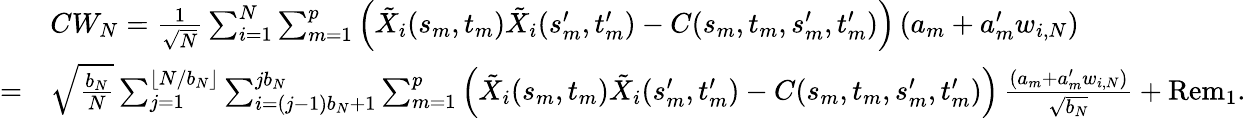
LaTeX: \begin{array}{rl}&{CW_{N}=\frac{1}{\sqrt{N}}\sum_{i=1}^{N}\sum_{m=1}^{p}\left(\tilde{X}_{i}(s_{m},t_{m})\tilde{X}_{i}(s_{m}^{\prime},t_{m}^{\prime})-C(s_{m},t_{m},s_{m}^{\prime},t_{m}^{\prime})\right)\, (a_{m}+a_{m}^{\prime}w_{i,N})}\\ {=}&{\sqrt{\frac{b_{N}}{N}}\sum_{j=1}^{\lfloor N/b_{N}\rfloor}\sum_{i=(j-1)b_{N}+1}^{jb_{N}}\sum_{m=1}^{p}\left(\tilde{X}_{i}(s_{m},t_{m})\tilde{X}_{i}(s_{m}^{\prime},t_{m}^{\prime})-C(s_{m},t_{m},s_{m}^{\prime},t_{m}^{\prime})\right)\, \frac{(a_{m}+a_{m}^{\prime}w_{i,N})}{\sqrt{b_{N}}}+\operatorname{Rem}_{1}.}\end{array}